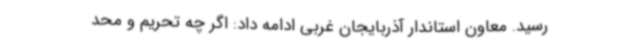
رسید. معاون استاندار آذربایجان غربی ادامه داد: اگر چه تحریم و محد